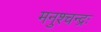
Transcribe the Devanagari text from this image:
मनुश्चन्द्रः